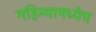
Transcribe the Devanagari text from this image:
महिन्यामध्येच